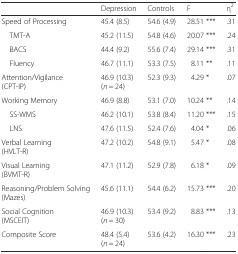
<table><thead><tr><td></td><td><b>Depression</b></td><td><b>Controls</b></td><td><b>F</b></td><td><b>η<sup>2</sup></b></td></tr></thead><tbody><tr><td>Speed of Processing</td><td>45.4 (8.5)</td><td>54.6 (4.9)</td><td>28.51 ***</td><td>.31</td></tr><tr><td> TMT-A</td><td>45.2 (11.5)</td><td>54.8 (4.6)</td><td>20.07 ***</td><td>.24</td></tr><tr><td> BACS</td><td>44.4 (9.2)</td><td>55.6 (7.4)</td><td>29.14 ***</td><td>.31</td></tr><tr><td> Fluency</td><td>46.7 (11.1)</td><td>53.3 (7.5)</td><td>8.11 **</td><td>.11</td></tr><tr><td>Attention/Vigilance(CPT-IP)</td><td>46.9 (10.3)(<i>n</i> = 24)</td><td>52.3 (9.3)</td><td>4.29 *</td><td>.07</td></tr><tr><td>Working Memory</td><td>46.9 (8.8)</td><td>53.1 (7.0)</td><td>10.24 **</td><td>.14</td></tr><tr><td> SS-WMS</td><td>46.2 (10.1)</td><td>53.8 (8.4)</td><td>11.20 ***</td><td>.15</td></tr><tr><td> LNS</td><td>47.6 (11.5)</td><td>52.4 (7.6)</td><td>4.04 *</td><td>.06</td></tr><tr><td>Verbal Learning(HVLT-R)</td><td>47.2 (10.2)</td><td>54.8 (9.1)</td><td>5.47 *</td><td>.08</td></tr><tr><td>Visual Learning(BVMT-R)</td><td>47.1 (11.2)</td><td>52.9 (7.8)</td><td>6.18 *</td><td>.09</td></tr><tr><td>Reasoning/Problem Solving(Mazes)</td><td>45.6 (11.1)</td><td>54.4 (6.2)</td><td>15.73 ***</td><td>.20</td></tr><tr><td>Social Cognition(MSCEIT)</td><td>46.9 (10.3)(<i>n</i> = 30)</td><td>53.4 (9.2)</td><td>8.83 ***</td><td>.13</td></tr><tr><td>Composite Score</td><td>48.4 (5.4)(<i>n</i> = 24)</td><td>53.6 (4.2)</td><td>16.30 ***</td><td>.23</td></tr></tbody></table>